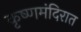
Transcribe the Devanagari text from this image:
कृष्णमंदिरात